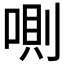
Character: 𠷌